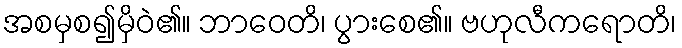
အစမှစ၍မှိဝဲ၏။ ဘာဝေတိ၊ ပွားစေ၏။ ဗဟုလီကရောတိ၊